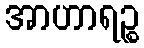
အာဟာရဉ္စ